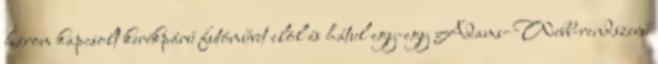
három kapcsolt kerékpárú futóművet elöl és hátul egy-egy Adams–Webb-rendszerű